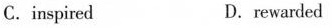
C.inspired D.rewarded